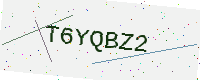
Text: T6YQBZ2